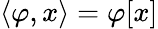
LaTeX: \langle\varphi,x\rangle=\varphi[x]